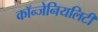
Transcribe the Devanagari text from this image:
कॉन्जेनियलिटी